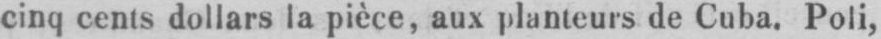
cinq cents dollars la pièce, aux planteurs de Cuba. Poli,